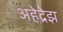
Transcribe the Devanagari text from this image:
अहेद्रेझ